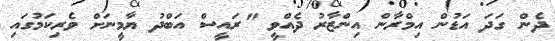
ދެން ގަދަ އަޑުން އިމްރާން އިންޒާރު ދެއްވީ "ރައީސް އަބްދު ޔާމީނަށް ވެރިކަމުގައި